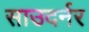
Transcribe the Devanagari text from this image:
साउदर्नर